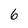
Character: 6